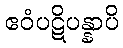
ဧဝံပဋိပန္နာပိ